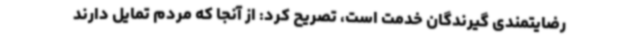
رضایتمندی گیرندگان خدمت است، تصریح کرد: از آنجا که مردم تمایل دارند